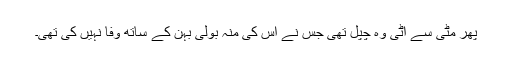
پھر مٹی سے اٹی وہ چپل تھی جس نے اس کی منہ بولی بہن کے ساتھ وفا نہیں کی تھی۔